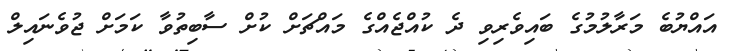
އައްޔުބެ މަރާލުމުގެ ބައިވެރިވި ދެ ކުއްޖެއްގެ މައްޗަށް ކުށް ސާބިތުވާ ކަމަށް ޖުވެނައިލް